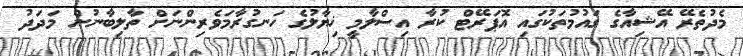
މެދުތެރޭ އޭޝިއާގެ ގައުމުތަކުގައި އޮޕަރޭޓް ކުރާ އިސްލާމީ ޚިޔާލުގެ ހަނގުރާމަވެރިންނަށް ތާލިބާނުން މަދަދު